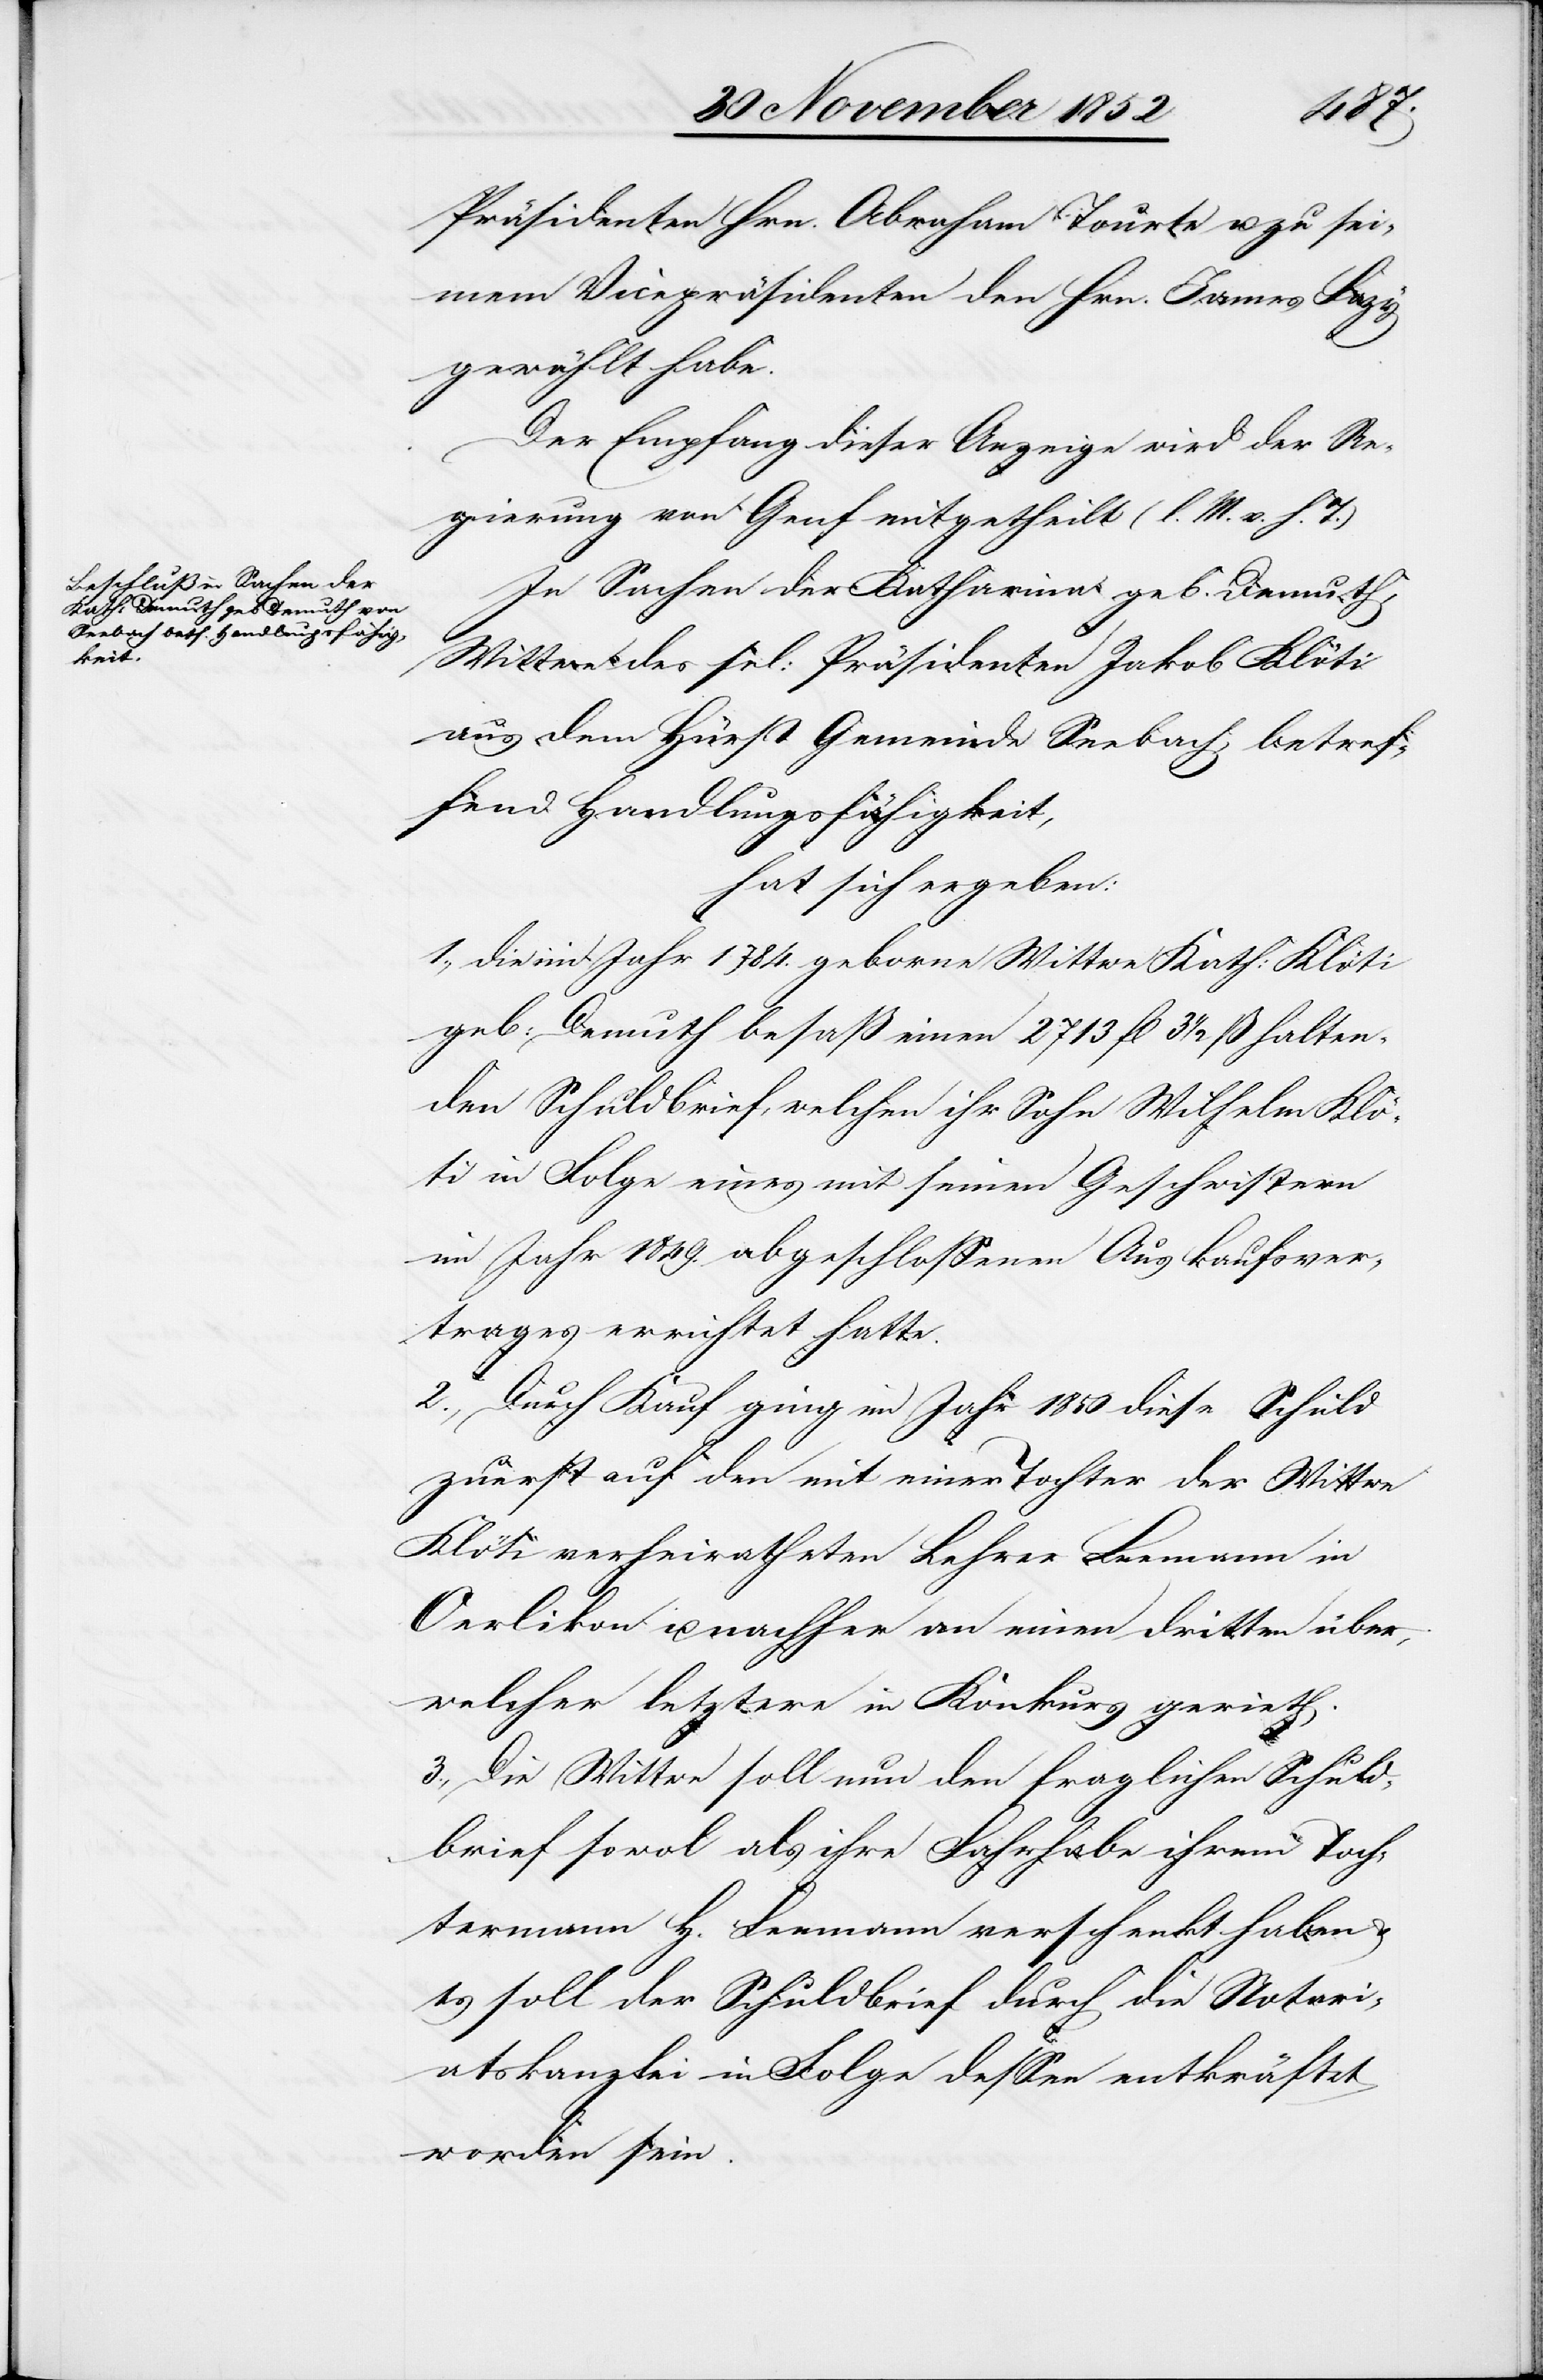
Präsidenten Hrn. Abraham Tourte u. zu sei¬
nem Vicepräsidenten den Hrn. James Fazy
gewählt habe.
Der Empfang dieser Anzeige wird der Re¬
gierung von Genf mitgetheilt (l. M. v. h. T.)
In Sachen der Katharina [Klöti] geb. Demuth,
Wittwe des sel: Präsidenten Jakob Klöti
aus dem Hürst Gemeinde Seebach, betref¬
fend Handlungsfähigkeit,
hat sich ergeben:
1., die im Jahr 1784. geborne Wittwe Kath: Klöti
geb: Demuth besaß einen 2713 fl 3 1/2 ß halten¬
den Schuldbrief, welchen ihr Sohn Wilhelm Klö¬
ti in Folge eines mit seinen Geschwistern
im Jahr 1849. abgeschlossenen Auskaufsver¬
trages errichtet hatte.
2., Durch Kauf ging im Jahr 1850 diese Schuld
zuerst auf den mit einer Tochter der Wittwe
Klöti verheiratheten Lehrer Leemann in
Oerlikon u. nachher an einen dritten über,
welcher letztere in Konkurs gerieth.
3., Die Wittwe soll nun den fraglichen Schuld¬
brief sowol als ihre Fahrhabe ihrem Toch¬
termann H. Leemann verschenkt haben
es soll der Schuldbrief durch die Notari¬
atskanzlei in Folge dessen entkräftet
worden sein.